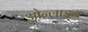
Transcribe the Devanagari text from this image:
ओन्लाइन